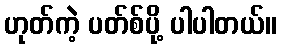
ဟုတ်ကဲ့ ပတ်စ်ပို့ ပါပါတယ်။